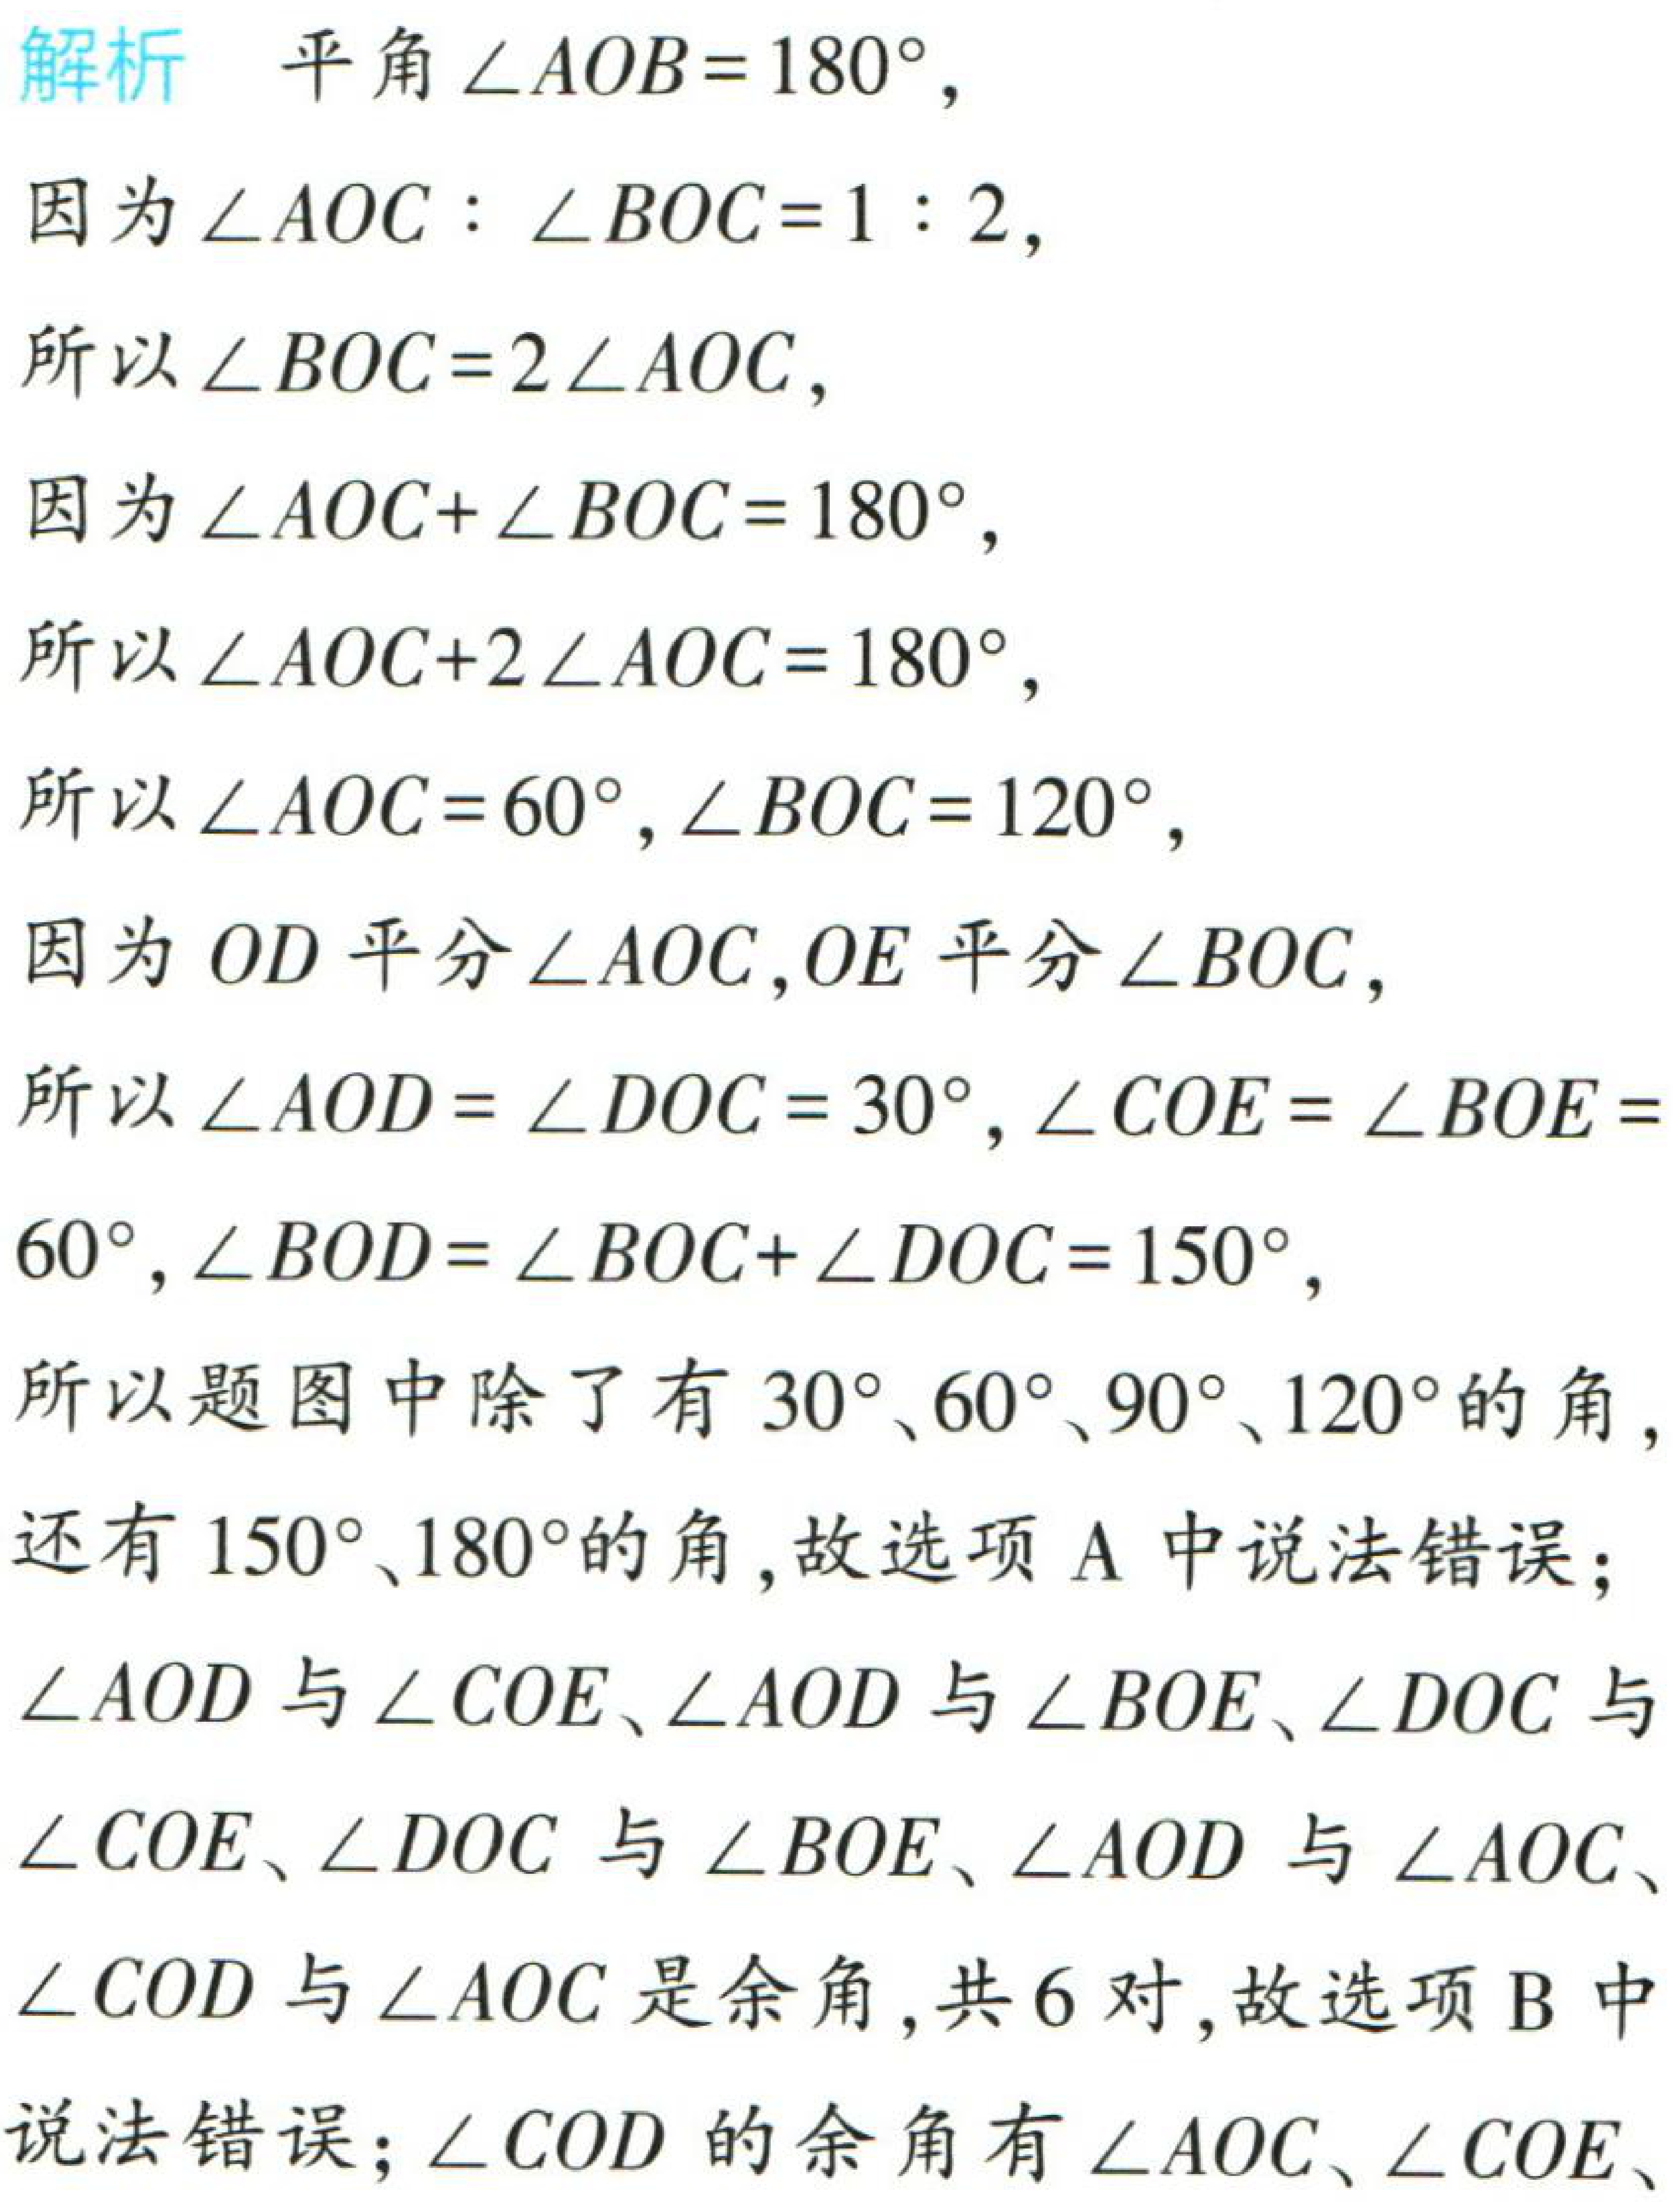
解析 平角\(\angle AOB = 180^{\circ}\)，

因为\(\angle AOC:\angle BOC = 1:2\)，

所以\(\angle BOC = 2\angle AOC\)，

因为\(\angle AOC+\angle BOC = 180^{\circ}\)，

所以\(\angle AOC + 2\angle AOC = 180^{\circ}\)，

所以\(\angle AOC = 60^{\circ},\angle BOC = 120^{\circ}\)，

因为\(OD\)平分\(\angle AOC\)，\(OE\)平分\(\angle BOC\)，

所以\(\angle AOD=\angle DOC = 30^{\circ},\angle COE=\angle BOE = 60^{\circ},\angle BOD=\angle BOC+\angle DOC = 150^{\circ}\)，

所以题图中除了有\(30^{\circ}\)、\(60^{\circ}\)、\(90^{\circ}\)、\(120^{\circ}\)的角，

还有\(150^{\circ}\)、\(180^{\circ}\)的角，故选项A中说法错误；

\(\angle AOD\)与\(\angle COE\)、\(\angle AOD\)与\(\angle BOE\)、\(\angle DOC\)与

\(\angle COE\)、\(\angle DOC\)与\(\angle BOE\)、\(\angle AOD\)与\(\angle AOC\)、

\(\angle COD\)与\(\angle AOC\)是余角，共\(6\)对，故选项B中

说法错误；\(\angle COD\)的余角有\(\angle AOC\)、\(\angle COE\)、